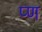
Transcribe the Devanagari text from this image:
प्ण